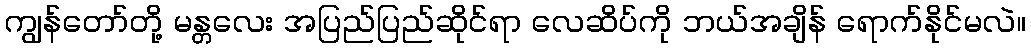
ကျွန်တော်တို့ မန္တလေး အပြည်ပြည်ဆိုင်ရာ လေဆိပ်ကို ဘယ်အချိန် ရောက်နိုင်မလဲ။